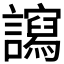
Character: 𧭠